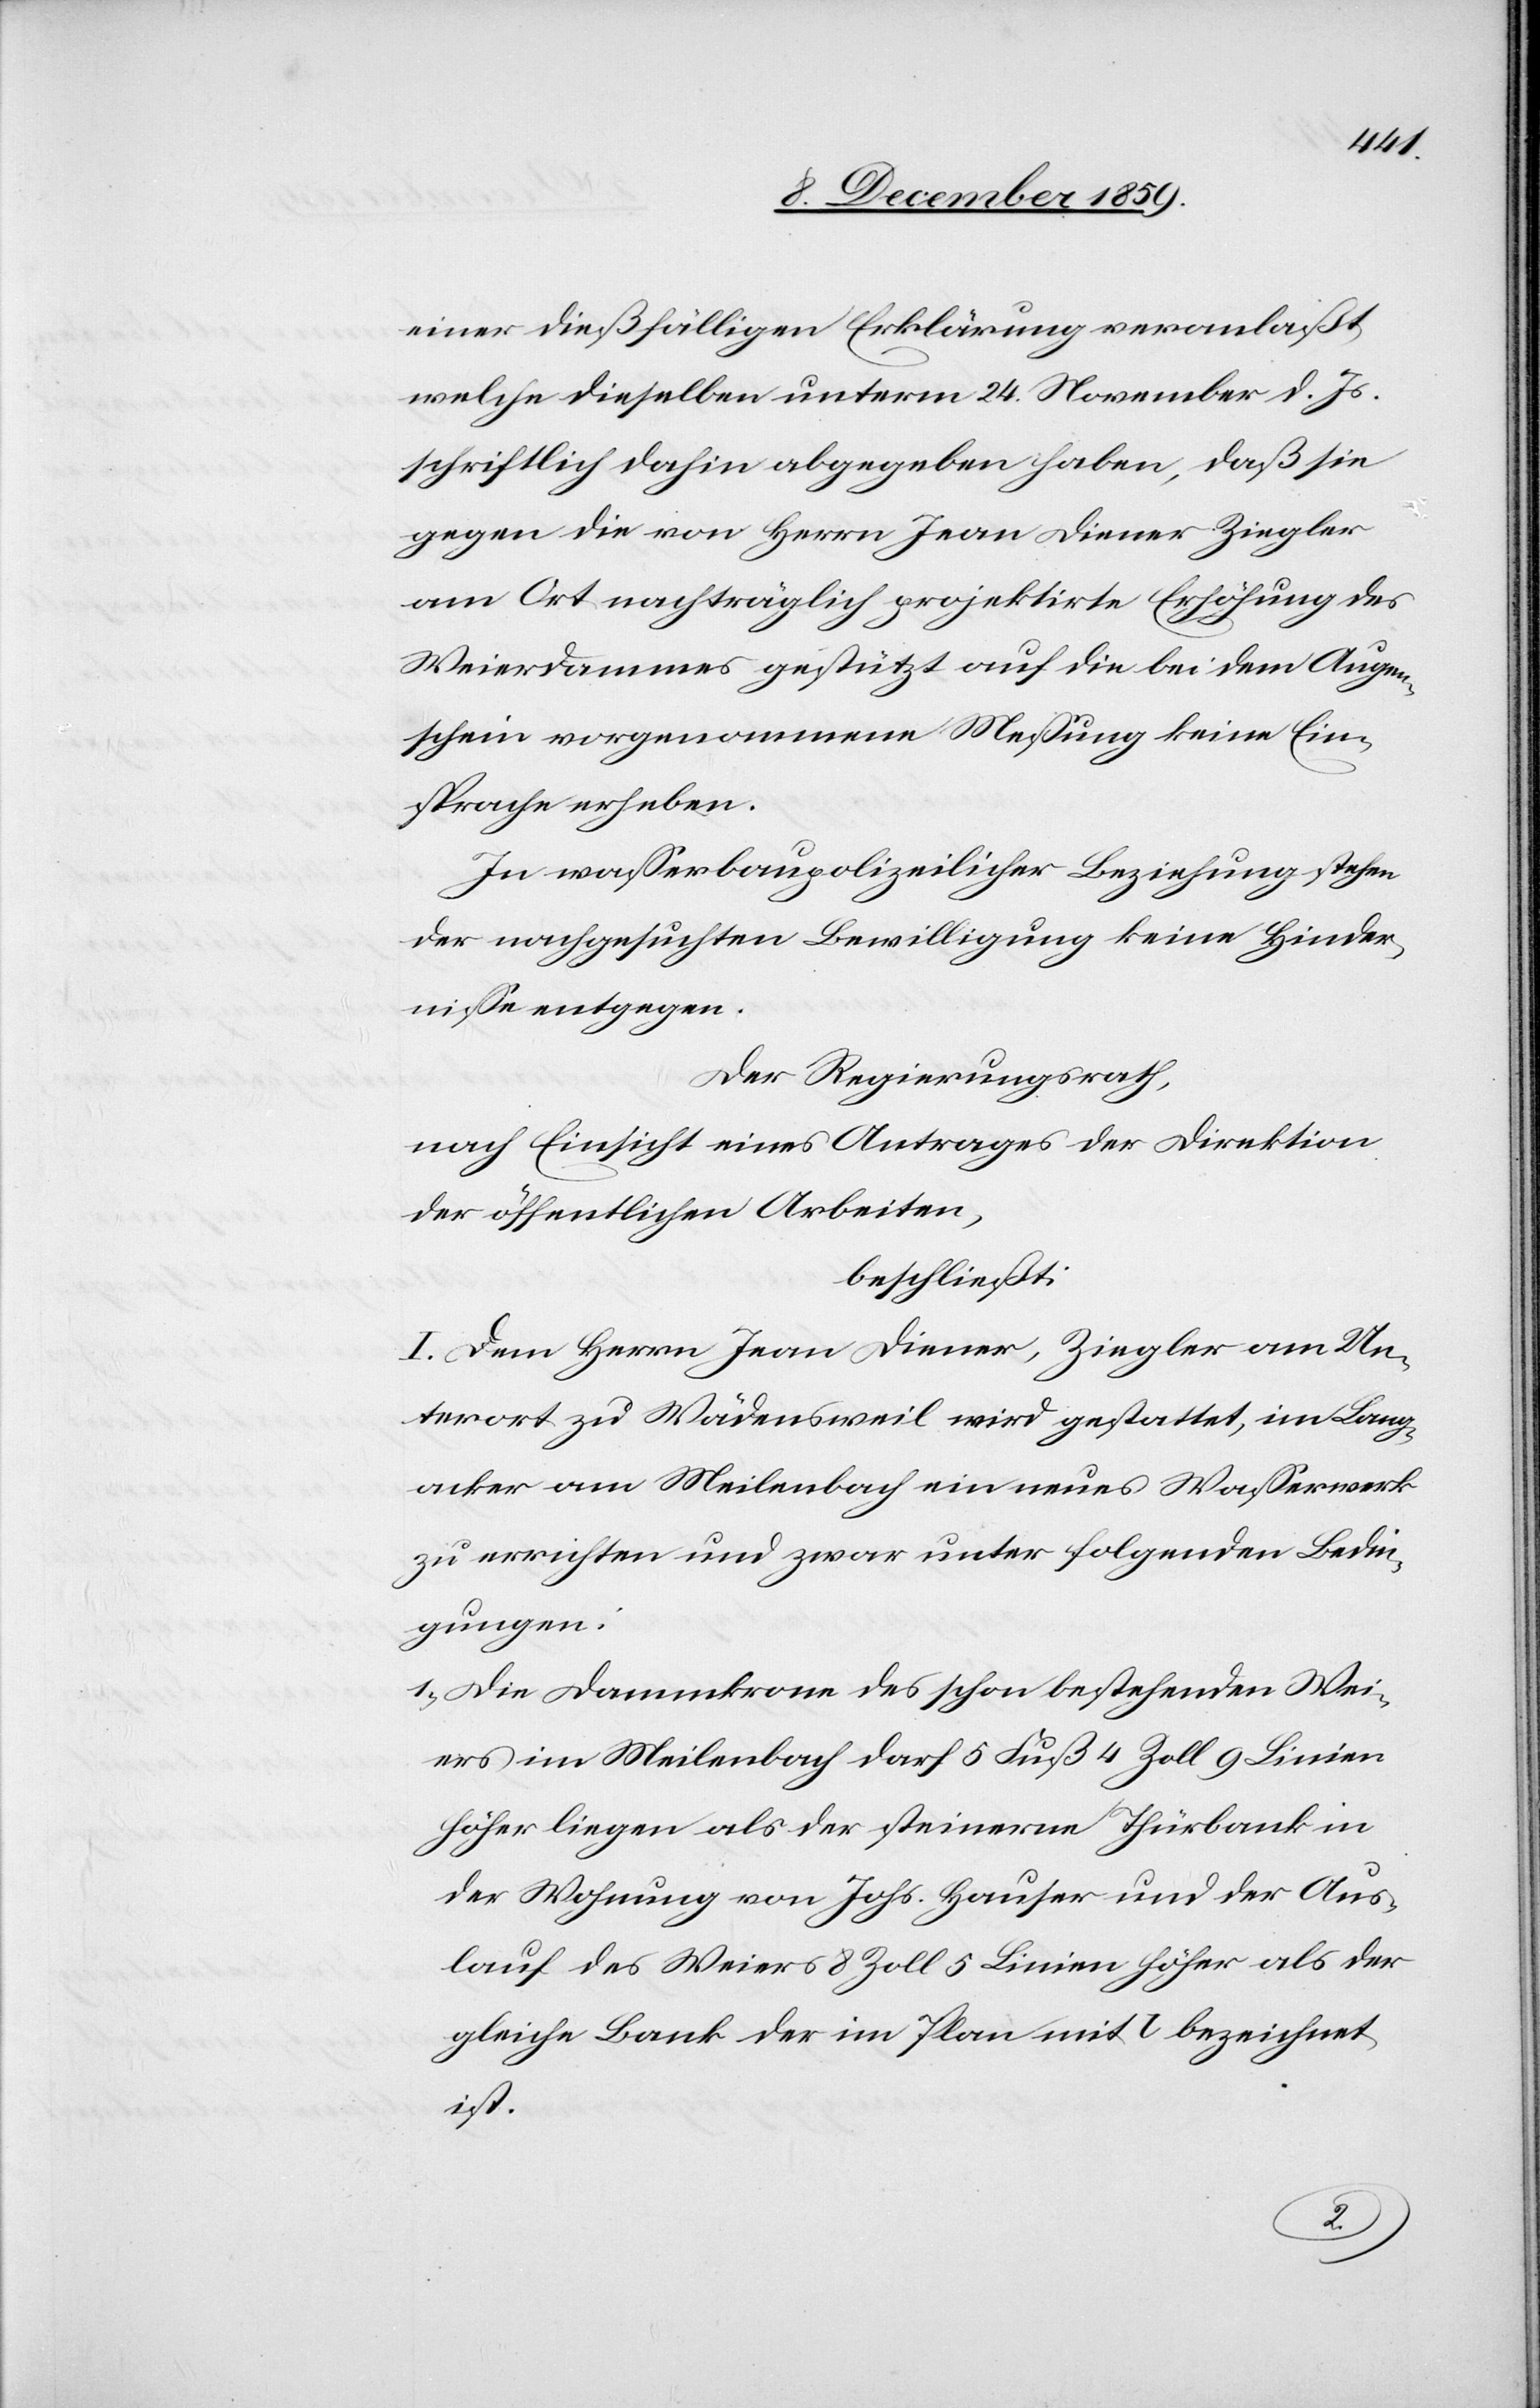
einer dießfälligen Erklärung veranlaßt,
welche dieselben unterm 24. November d. Js.
schriftlich dahin abgegeben haben, daß die
gegen die von Herrn Ivan Diener Ziegler
am Ort nachträglich projektirte Erhöhung des
Weierdammes gestützt auf die bei dem Augen¬
schein vorgenommene Messung keine Ein¬
sprache erheben.
In Wasserbaupolizeilicher Beziehung stehen
der nachgesuchten Bewilligung keine Hinder¬
nisse entgegen.
Der Regierungsrath,
nach Einsicht eines Antrages der Direktion
der öffentlichen Arbeiten,
beschließt:
I. Dem Herrn Ivan Diener, Ziegler am Un¬
terort zu Wädensweil wird gestattet, im Lang¬
acker am Meilenbach ein neues Wasserwerk
zu errichten und zwar unter folgenden Bedin¬
gungen:
1) Die Dammkrone des schon bestehenden Wei¬
ers im Meilenbach darf 5 Fuß 4 Zoll 9 Linien
höher liegen als der steinerne Thürbank in
der Wohnung von Johs. Hauser und der Aus¬
lauf des Weiers 8 Zoll 5 Linien höher als der
gleiche Bank der im Plan mit l bezeichnet
ist.